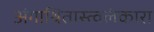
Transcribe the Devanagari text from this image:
अंगाश्रितास्त्वलंकारा